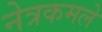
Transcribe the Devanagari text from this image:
नेत्रकमले